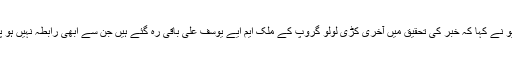
بوم لائیو نے کہا کہ خبر کی تحقیق میں آخری کڑی لولو گروپ کے ملک ایم ایے یوسف علی باقی رہ گئے ہیں جن سے ابھی رابطہ نہیں ہو پایا ہے۔